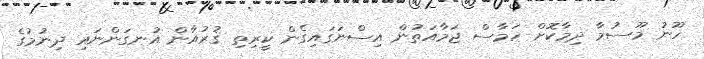
ހޫނު މޫސުމާ ދިމާކޮށް ހަމާސް ޖަމާއަތުން އިސްނަގައިގެން ކީރިތި ޤުރުއާން އުނގަންނައި ދިނުމުގެ